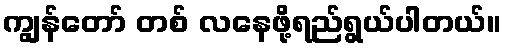
ကျွန်တော် တစ် လနေဖို့ရည်ရွယ်ပါတယ်။